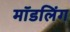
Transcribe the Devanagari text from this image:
मॉडलिंग